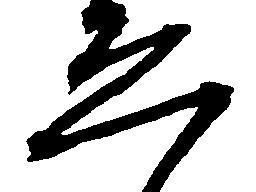
ゑ